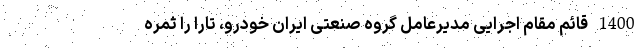
1400 قائم مقام اجرایی مدیرعامل گروه صنعتی ایران خودرو، تارا را ثمره